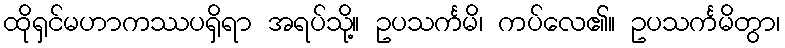
ထိုရှင်မဟာကဿပရှိရာ အရပ်သို့။ ဥပသင်္ကမိ၊ ကပ်လေ၏။ ဥပသင်္ကမိတွာ၊